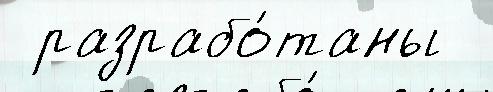
 разрабо́таны